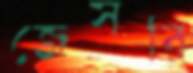
জেসরি